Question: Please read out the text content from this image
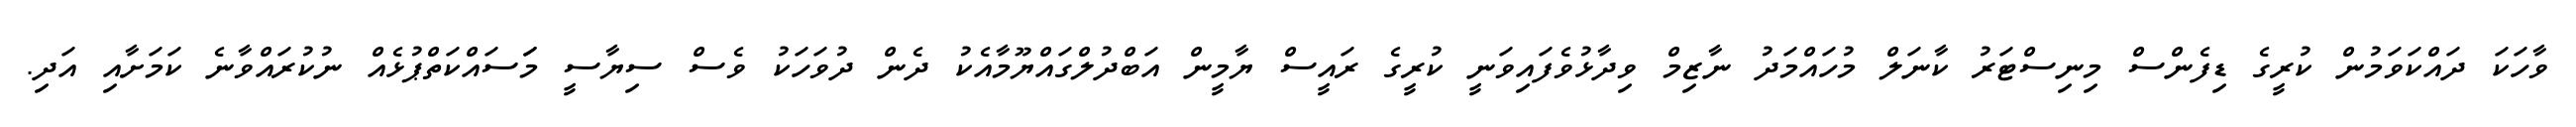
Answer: ވާހަކަ ދައްކަވަމުން ކުރީގެ ޑިފެންސް މިނިސްޓަރު ކާނަލް މުހައްމަދު ނާޒިމް ވިދާޅުވެފައިވަނީ ކުރީގެ ރައީސް ޔާމީން އަބްދުލްގައްޔޫމާއެކު ދެން ދުވަހަކު ވެސް ސިޔާސީ މަަސައްކަތްޕުޅެއް ނުކުރައްވާނެ ކަމަށާއި އަދި.